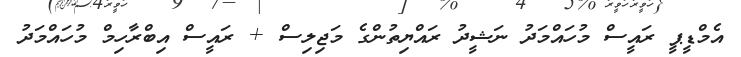
އެމްޑީޕީ ރައީސް މުހައްމަދު ނަޝީދު ރައްޔިތުންގެ މަޖިލިސް + ރައީސް އިބްރާހިމް މުހައްމަދު